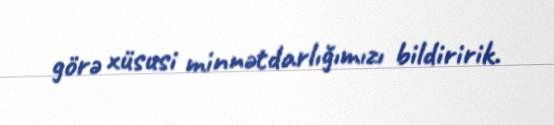
görə xüsusi minnətdarlığımızı bildiririk.